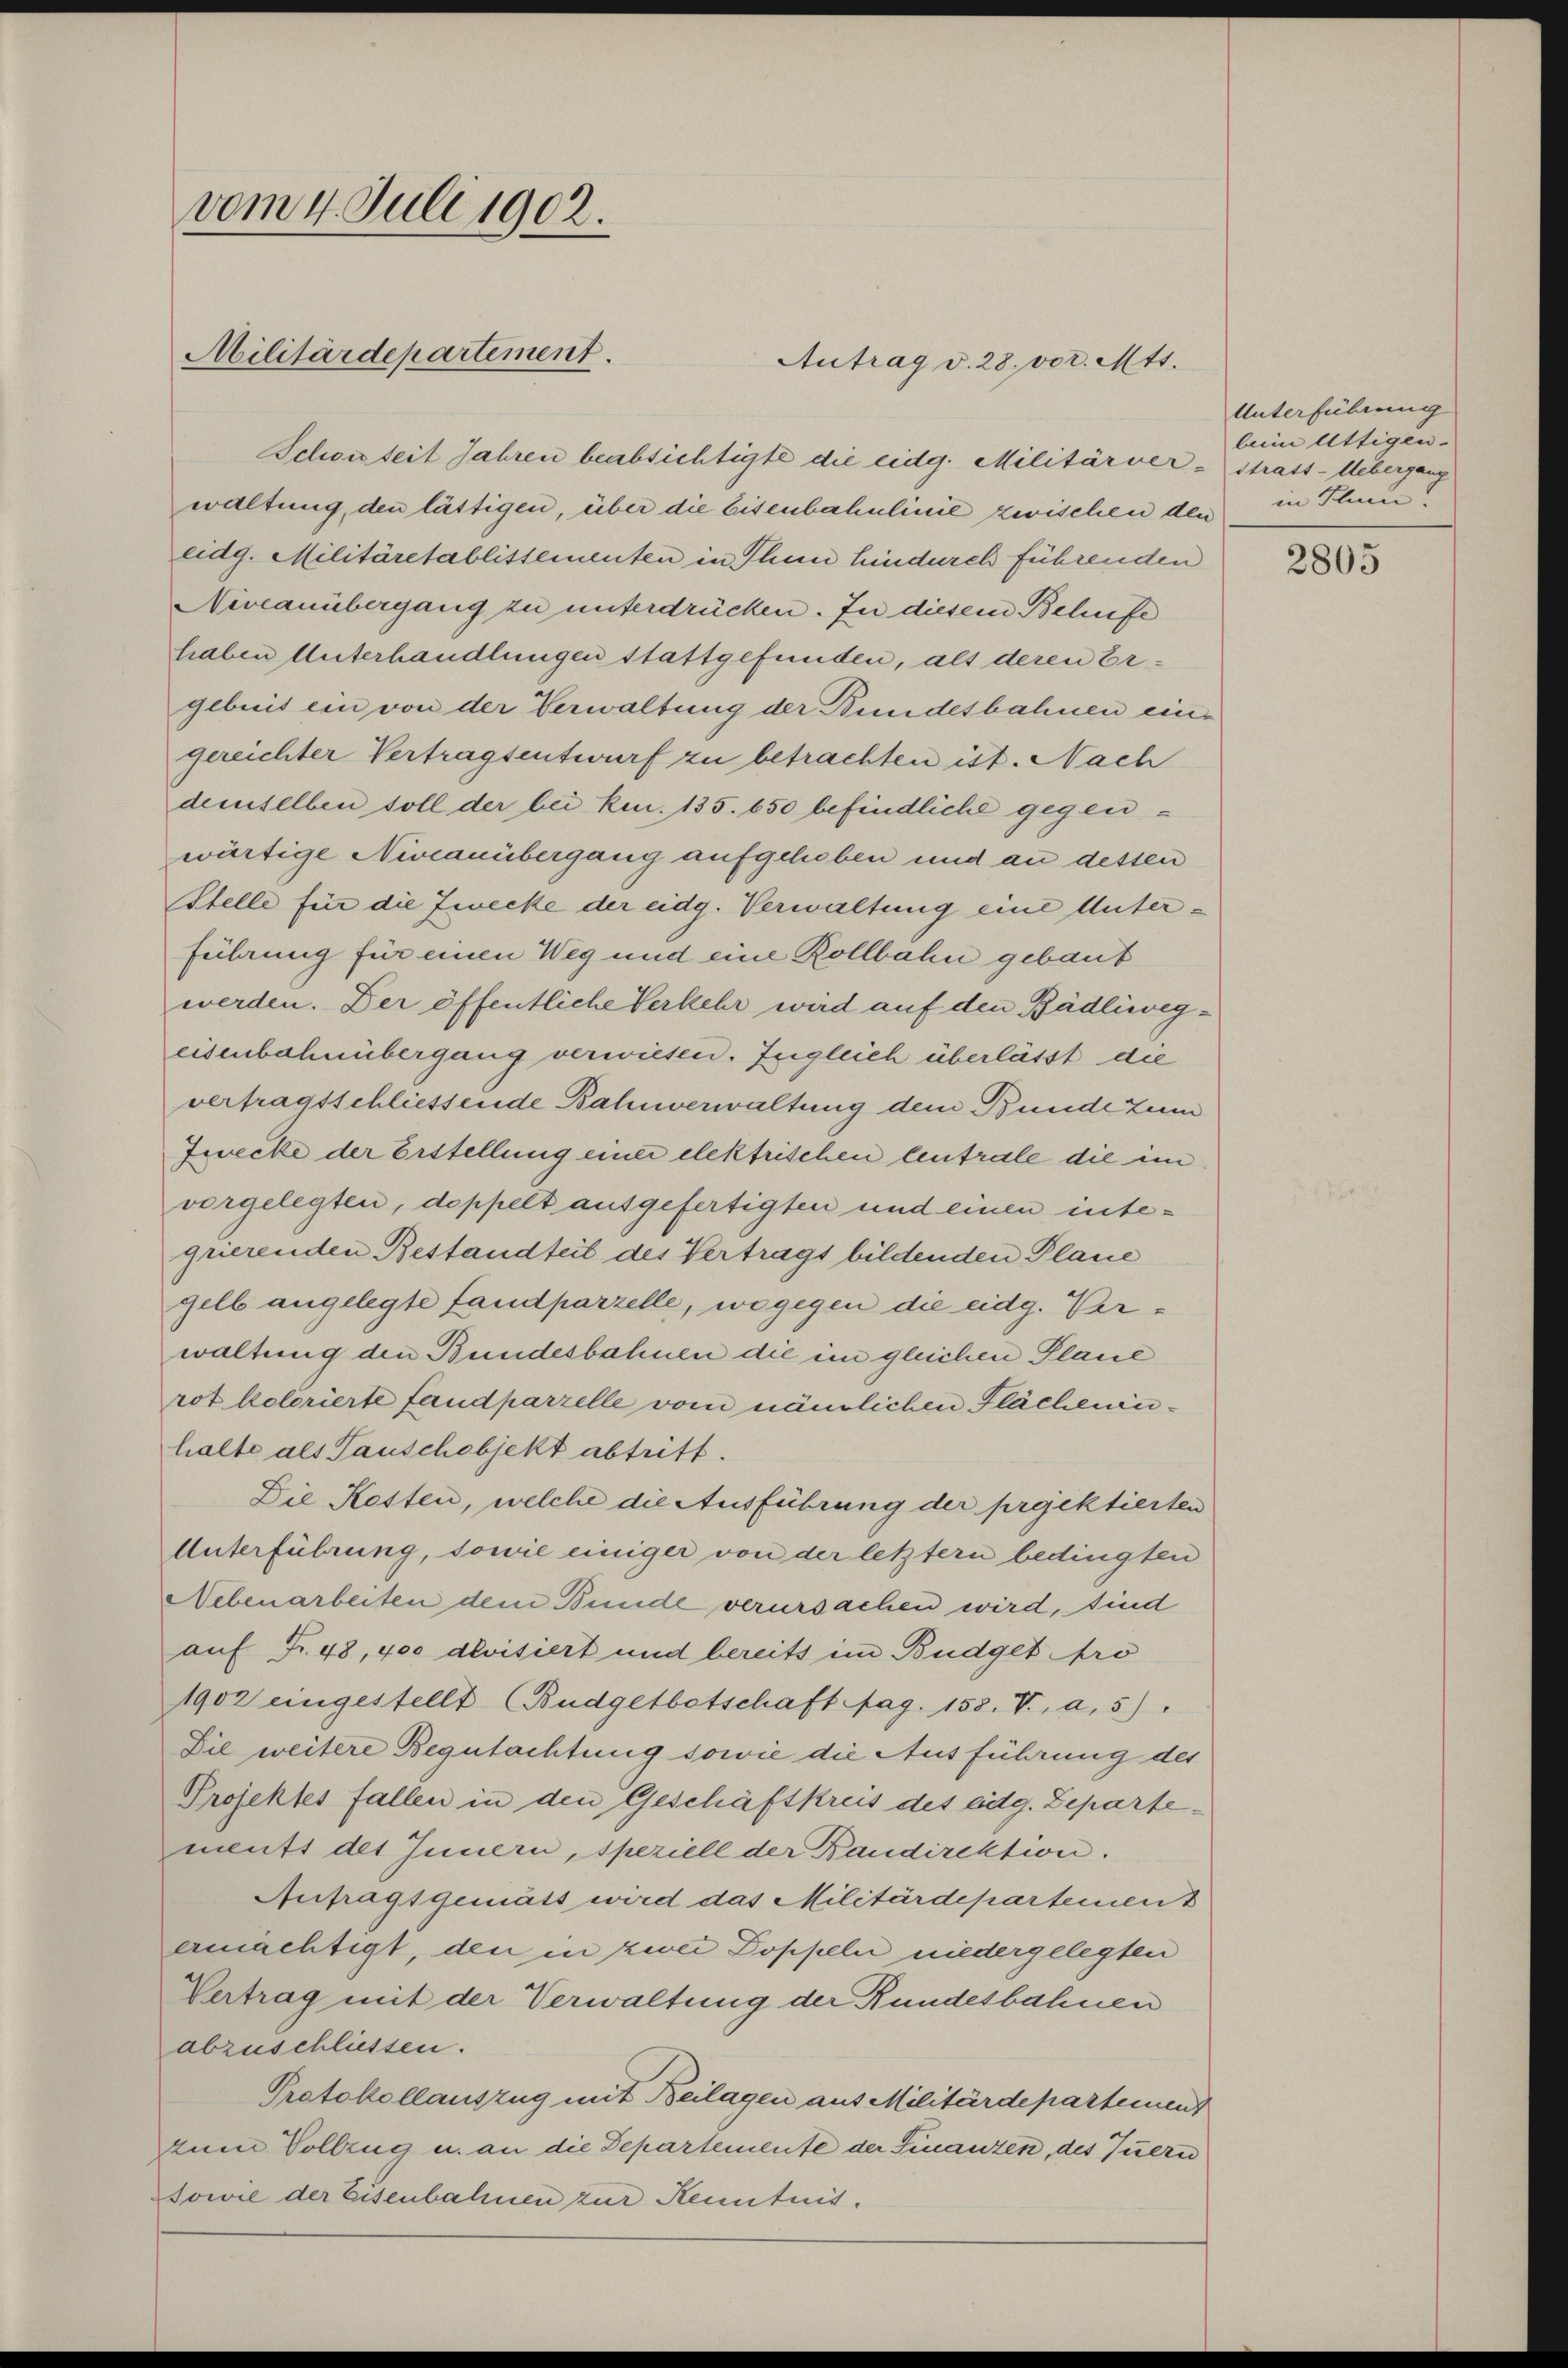
vom 4. Juli 1902.
Militärdepartement.

Antrag v. 28. vor. Mtt.

Schon seit Jahren beabsichtigte die eidg. Militärver- Strass-Uebergang
waltung, den lästigen, über die Eisenbahnlinie zwischen den
eidg. Militäretablissementen in Thun hindurch führenden
Niveauübergang zu unterdrücken. In diesem Behufe
haben Unterhandlungen stattgefunden, als deren Ergebuit ein von der Verwaltung der Bundesbahnen eingereichter Vertragsentwurf zu betrachten ist. Nach
demselben soll der bei ken. 135. 650 befindliche gegenwärtige Niveauübergang aufgehoben und an dessen
Stelle für die Zwecke der eidg. Verwaltung eine Unter¬
Führung für einen Weg und eine Rollbahn gebaut
werden. Der öffentliche Verkehr wird auf den Bädliwegeisenbahnübergang verwiesen. Ingleich überlässt die
vertragsschliessende Bahnverwaltung dem Bunde zum
Zwecke der Erstellung einer elektrischen leutrale die im
vorgelegten, doppelt ausgefertigten und einen integrierenden Bestandteil des Vertrags bildenden Plane
gelb angelegte fandparzelle, wogegen die eidg. Verwaltung den Bundesbahnen die im gleichen Plane
rot kolorierte fandparzelle vom nämlichen Flächeninhalte als Tauschobjekt abtritt.
Die Kosten, welche die Ausführung der projektierten
Unterführung, sowie einiger von der letztern bedingten
Nebenarbeiten dem Bunde verursachen wird, sind
auf Fr. 48, 400 devisiert und bereits im Budget pro
1902 eingestellt (Budgetbotschaft pag. 158. V., a.5).
Die weitere Begutachtung sowie die Ausführung des
Projektes fallen in den Geschäftkreis des eidg. Departemeutt des Innern, speziell der Baudirektion.
Anfragt gemäss wird das Militärdepartemen
ermächtigt, den in zwei Doppeln niedergelegten
Vertrag mit der Verwaltung der Rundesbahnen
abzuschliessen.
Protokollauszug mit Beilagen aus Militärdepartement
zum Vollzug u. an die Departemente der Finanzen, des Tuern
sowie der Eisenbahnen zur Kenntnis.

Unterführung
beim Attigen-
in Thun.

2805